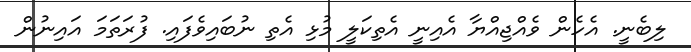
ލިބެނީ. އެހެން ވެއްޖިއްޔާ އެއިނީ އެތިކަލީ މުޅި އެތި ނުބައިވެފައި. ފުރަތަމަ އައިނުން